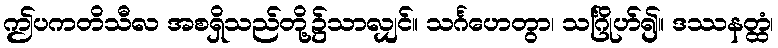
ဤပကတိသီလ အစရှိသည်တို့၌သာလျှင်။ သင်္ဂဟေတွာ၊ သင်္ဂြိုဟ်၍။ ဒဿနတ္ထံ၊